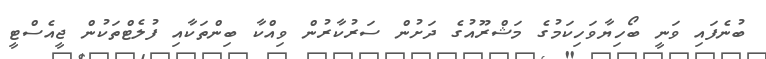
ބުނެފައި ވަނީ ބޯހިޔާވަހިކަމުގެ މަޝްރޫއުގެ ދަށުން ސަރުކާރުން ވިއްކާ ބިންތަކާއި ފުލެޓްތަކުން ޖީއެސްޓީ